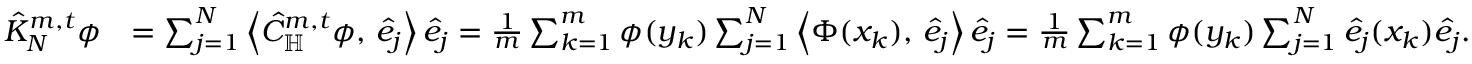
\begin{array} { r l } { \hat { K } _ { N } ^ { m , t } \phi } & { = \sum _ { j = 1 } ^ { N } \left\langle \hat { C } _ { \mathbb H } ^ { m , t } \phi , \, \hat { e } _ { j } \right\rangle \hat { e } _ { j } = \frac { 1 } { m } \sum _ { k = 1 } ^ { m } \phi ( y _ { k } ) \sum _ { j = 1 } ^ { N } \left\langle \Phi ( x _ { k } ) , \, \hat { e } _ { j } \right\rangle \hat { e } _ { j } = \frac { 1 } { m } \sum _ { k = 1 } ^ { m } \phi ( y _ { k } ) \sum _ { j = 1 } ^ { N } \hat { e } _ { j } ( x _ { k } ) \hat { e } _ { j } . } \end{array}